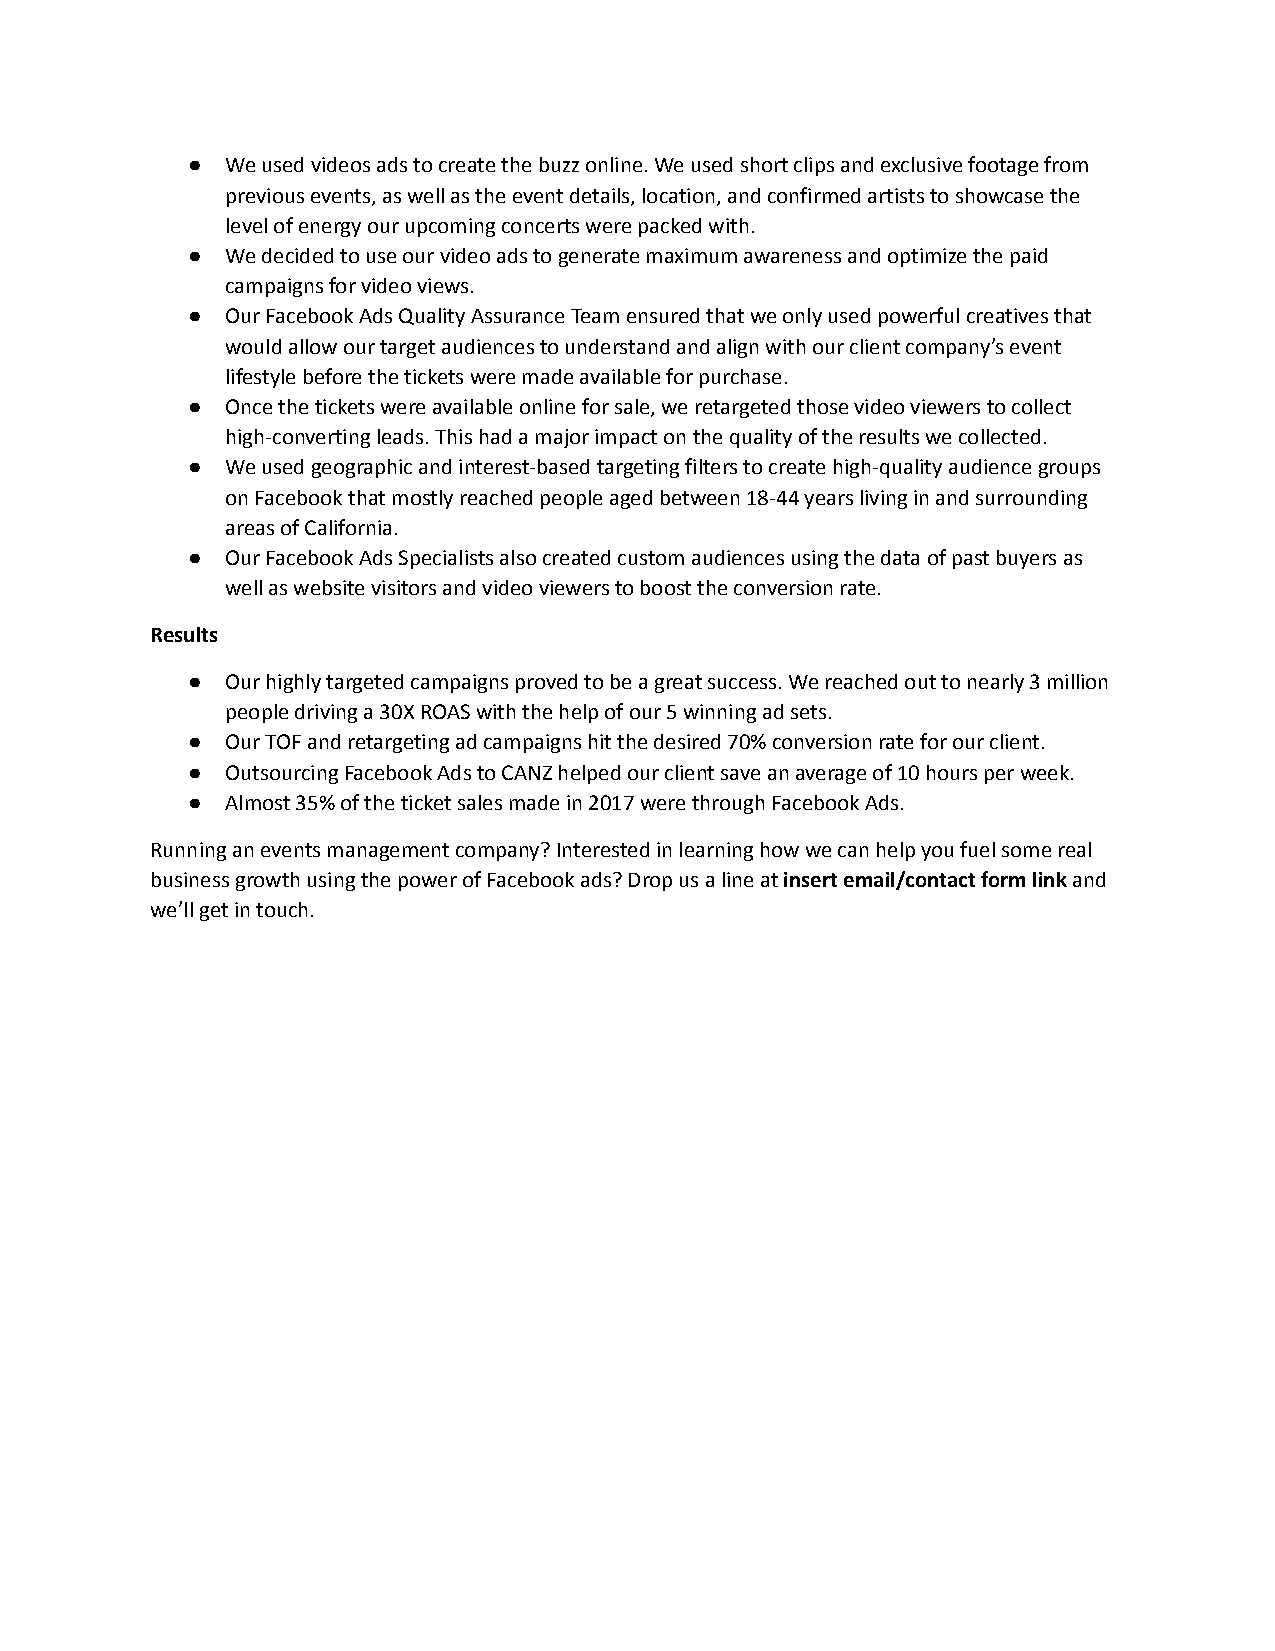
●  We used videos ads to create the buzz online. We used short clips and exclusive footage from
 previous events, as well as the event details, location,and confirmed artists to showcase the
 level of energy our upcoming concerts were packedwith.
 ●  We decided to use our video ads to generate maximumawareness and optimize the paid
 campaigns for video views.
 ●  Our Facebook Ads Quality Assurance Team ensured thatwe only used powerful creatives that
 would allow our target audiences to understand andalign with our client company’s event
 lifestyle before the tickets were made available forpurchase.
 ●  Once the tickets were available online for sale, weretargeted those video viewers to collect
 high-converting leads. This had a major impact onthe quality of the results we collected.
 ●  We used geographic and interest-based targeting filtersto create high-quality audience groups
 on Facebook that mostly reached people aged between18-44 years living in and surrounding
 areas of California.
 ●  Our Facebook Ads Specialists also created custom audiencesusing the data of past buyers as
 well as website visitors and video viewers to boostthe conversion rate.
 Results
 ●  Our highly targeted campaigns proved to be a greatsuccess. We reached out to nearly 3 million
 people driving a 30X ROAS with the help of our 5 winningad sets.
 ●  Our TOF and retargeting ad campaigns hit the desired70% conversion rate for our client.
 ●  Outsourcing Facebook Ads to CANZ helped our clientsave an average of 10 hours per week.
 ●  Almost 35% of the ticket sales made in 2017 were throughFacebook Ads.
 Running an events management company? Interested inlearninghow we can help you fuel some real
 business growth using the power of Facebook ads? Dropus a line atinsert email/contact form linkand
 we’ll get in touch.